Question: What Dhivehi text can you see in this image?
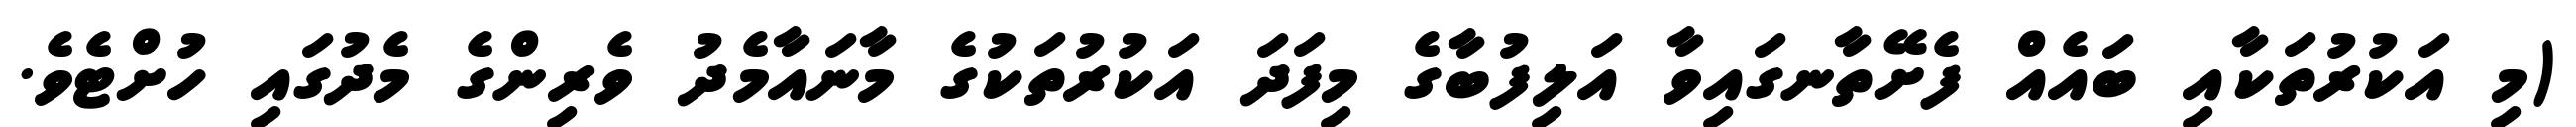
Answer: (މި އަކުރުތަކާއި ބައެއް ފެށޭތާނގައިވާ އަލިފުބާގެ މިފަދަ އަކުރުތަކުގެ މާނައާމެދު ވެރިންގެ މެދުގައި ހުށްޓެވެ.